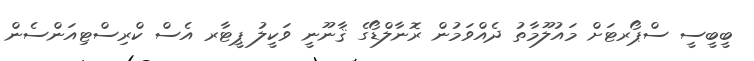
ބީބީސީ ސްޕޯރޓަށް މައުލޫމާތު ދެއްވަމުން ރޮނާލްޑޯގެ ޤާނޫނީ ވަކީލު ޕީޓާރ އެސް ކްރިސްޓިއަންސެން